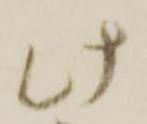
此